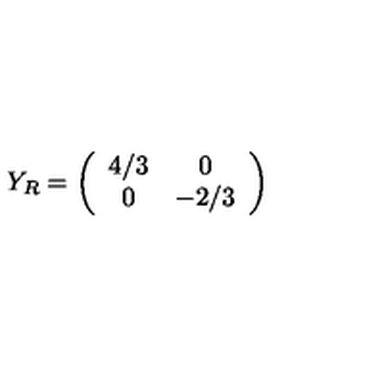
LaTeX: Y _ { R } = \left( \begin{array} { c c } { 4 / 3 } & { 0 } \\ { 0 } & { - 2 / 3 } \\ \end{array} \right)